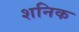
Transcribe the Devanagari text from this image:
शनिक